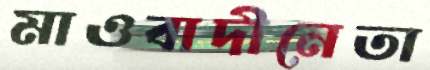
মাওবাদীনেতা